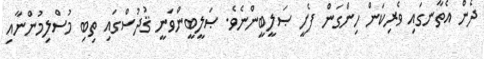
ދެން އެތާނގައި ވެރިކަން ހިންގަން ފެށީ ޞަލީބީންނެވެ. ޞަލީބީންވަނީ ޤުދުސްގައި ތިބި މުސްލިމުންނާއި